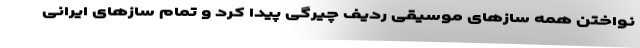
نواختن همه سازهای موسیقی ردیف چیرگی پیدا کرد و تمام سازهای ایرانی